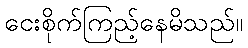
ငေးစိုက်ကြည့်နေမိသည်။